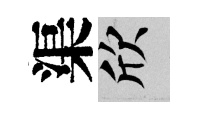
渠欣